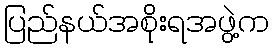
ပြည်နယ်အစိုးရအဖွဲ့က